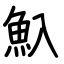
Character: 魞